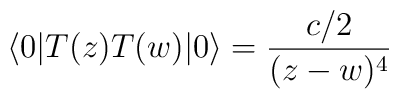
\langle 0 | T(z) T(w) |0\rangle=  \frac{c/2}{(z-w)^4}